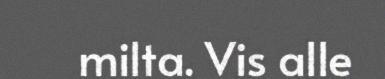
milta. Vis alle